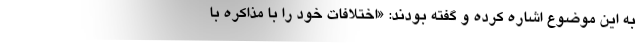
به این موضوع اشاره کرده و گفته بودند: «اختلافات خود را با مذاکره با